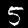
Digit: 5